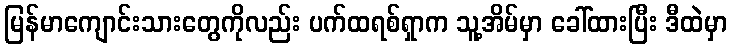
မြန်မာကျောင်းသားတွေကိုလည်း ပက်ထရစ်ရှာက သူ့အိမ်မှာ ခေါ်ထားပြီး ဒီထဲမှာ